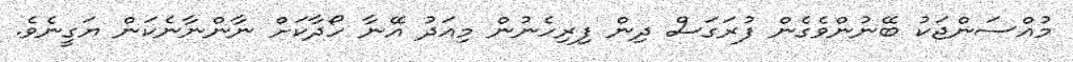
މުއްސަންޖަކު ބޭނުންވެގެން ފުރަގަސް ދިން ފިރިހެނުން މިއަދު އޭނާ ހޯދާކަށް ނާންނާނެކަން ޔަގީނެވެ.